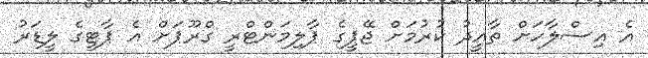
އެ އިސްލާހަށް ތާއީދު ކުރުމަށް ޖޭޕީގެ ޕާލިމަންޓްރީ ގްރޫޕަށް އެ ޕާޓީގެ ލީޑަރު